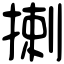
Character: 揦